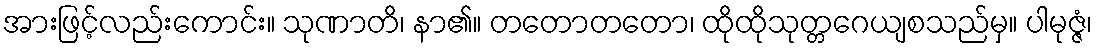
အားဖြင့်လည်းကောင်း။ သုဏာတိ၊ နာ၏။ တတောတတော၊ ထိုထိုသုတ္တဂေယျစသည်မှ။ ပါမုဇ္ဇံ၊